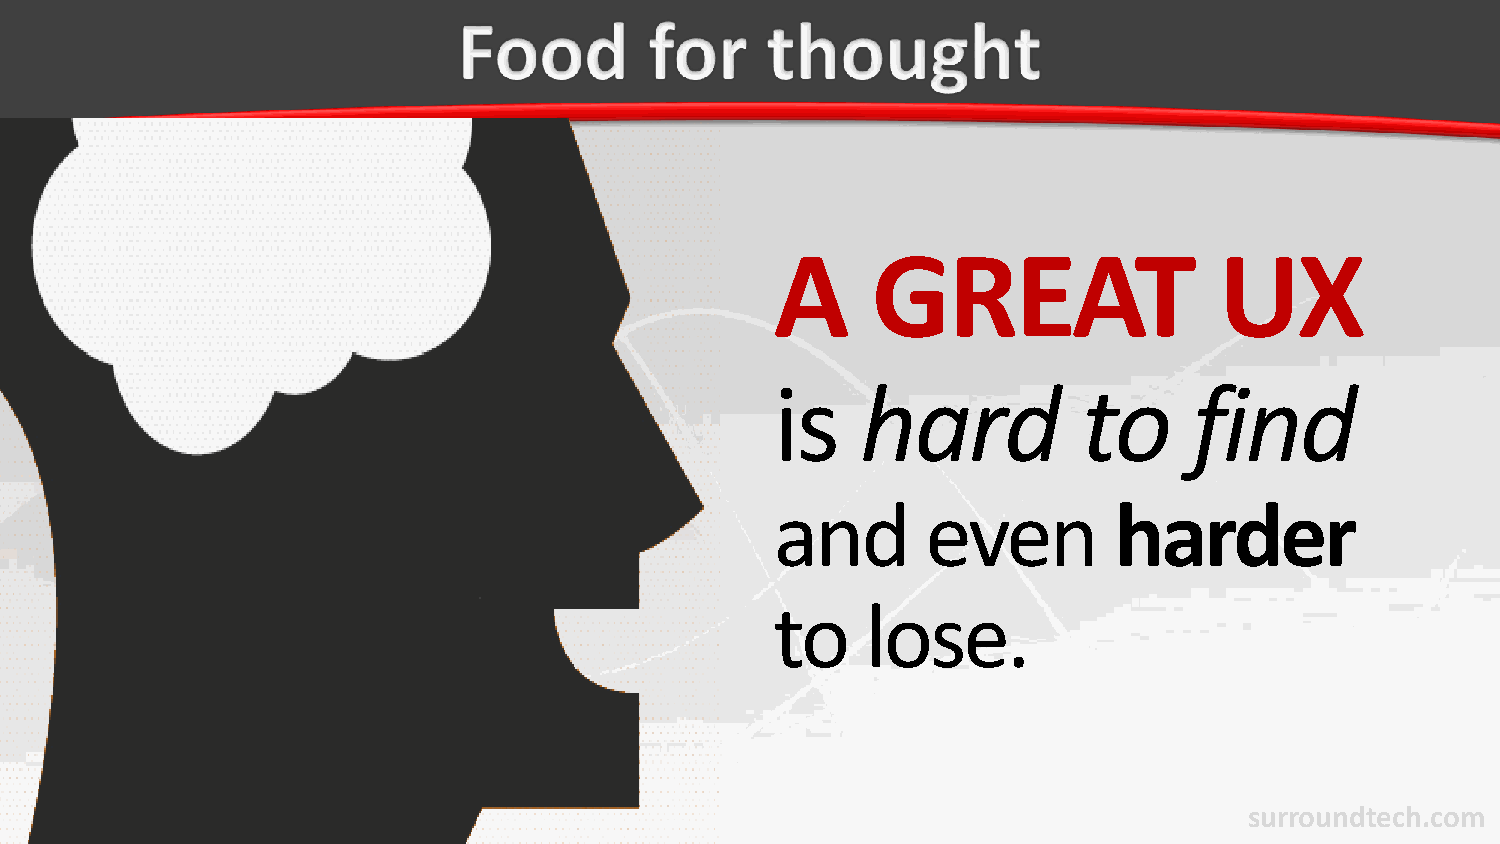
A      GREAT                  UX
 is    hard           to     find
 and       even         harder
 to    lose.
 surroundtech.com